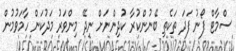
ސްމާޓް ފޯނު ފަދަ ތަކެތި ބޭނުންކުރާ ކުދިންނަށް ނިދޭ މިންވަރު މަދުކަން ހާމަވުމުން